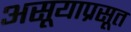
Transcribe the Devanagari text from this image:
असूयाप्रसूत